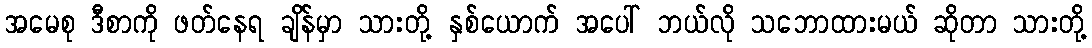
အမေစု ဒီစာကို ဖတ်နေရ ချိန်မှာ သားတို့ နှစ်ယောက် အပေါ် ဘယ်လို သဘောထားမယ် ဆိုတာ သားတို့